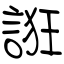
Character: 誑